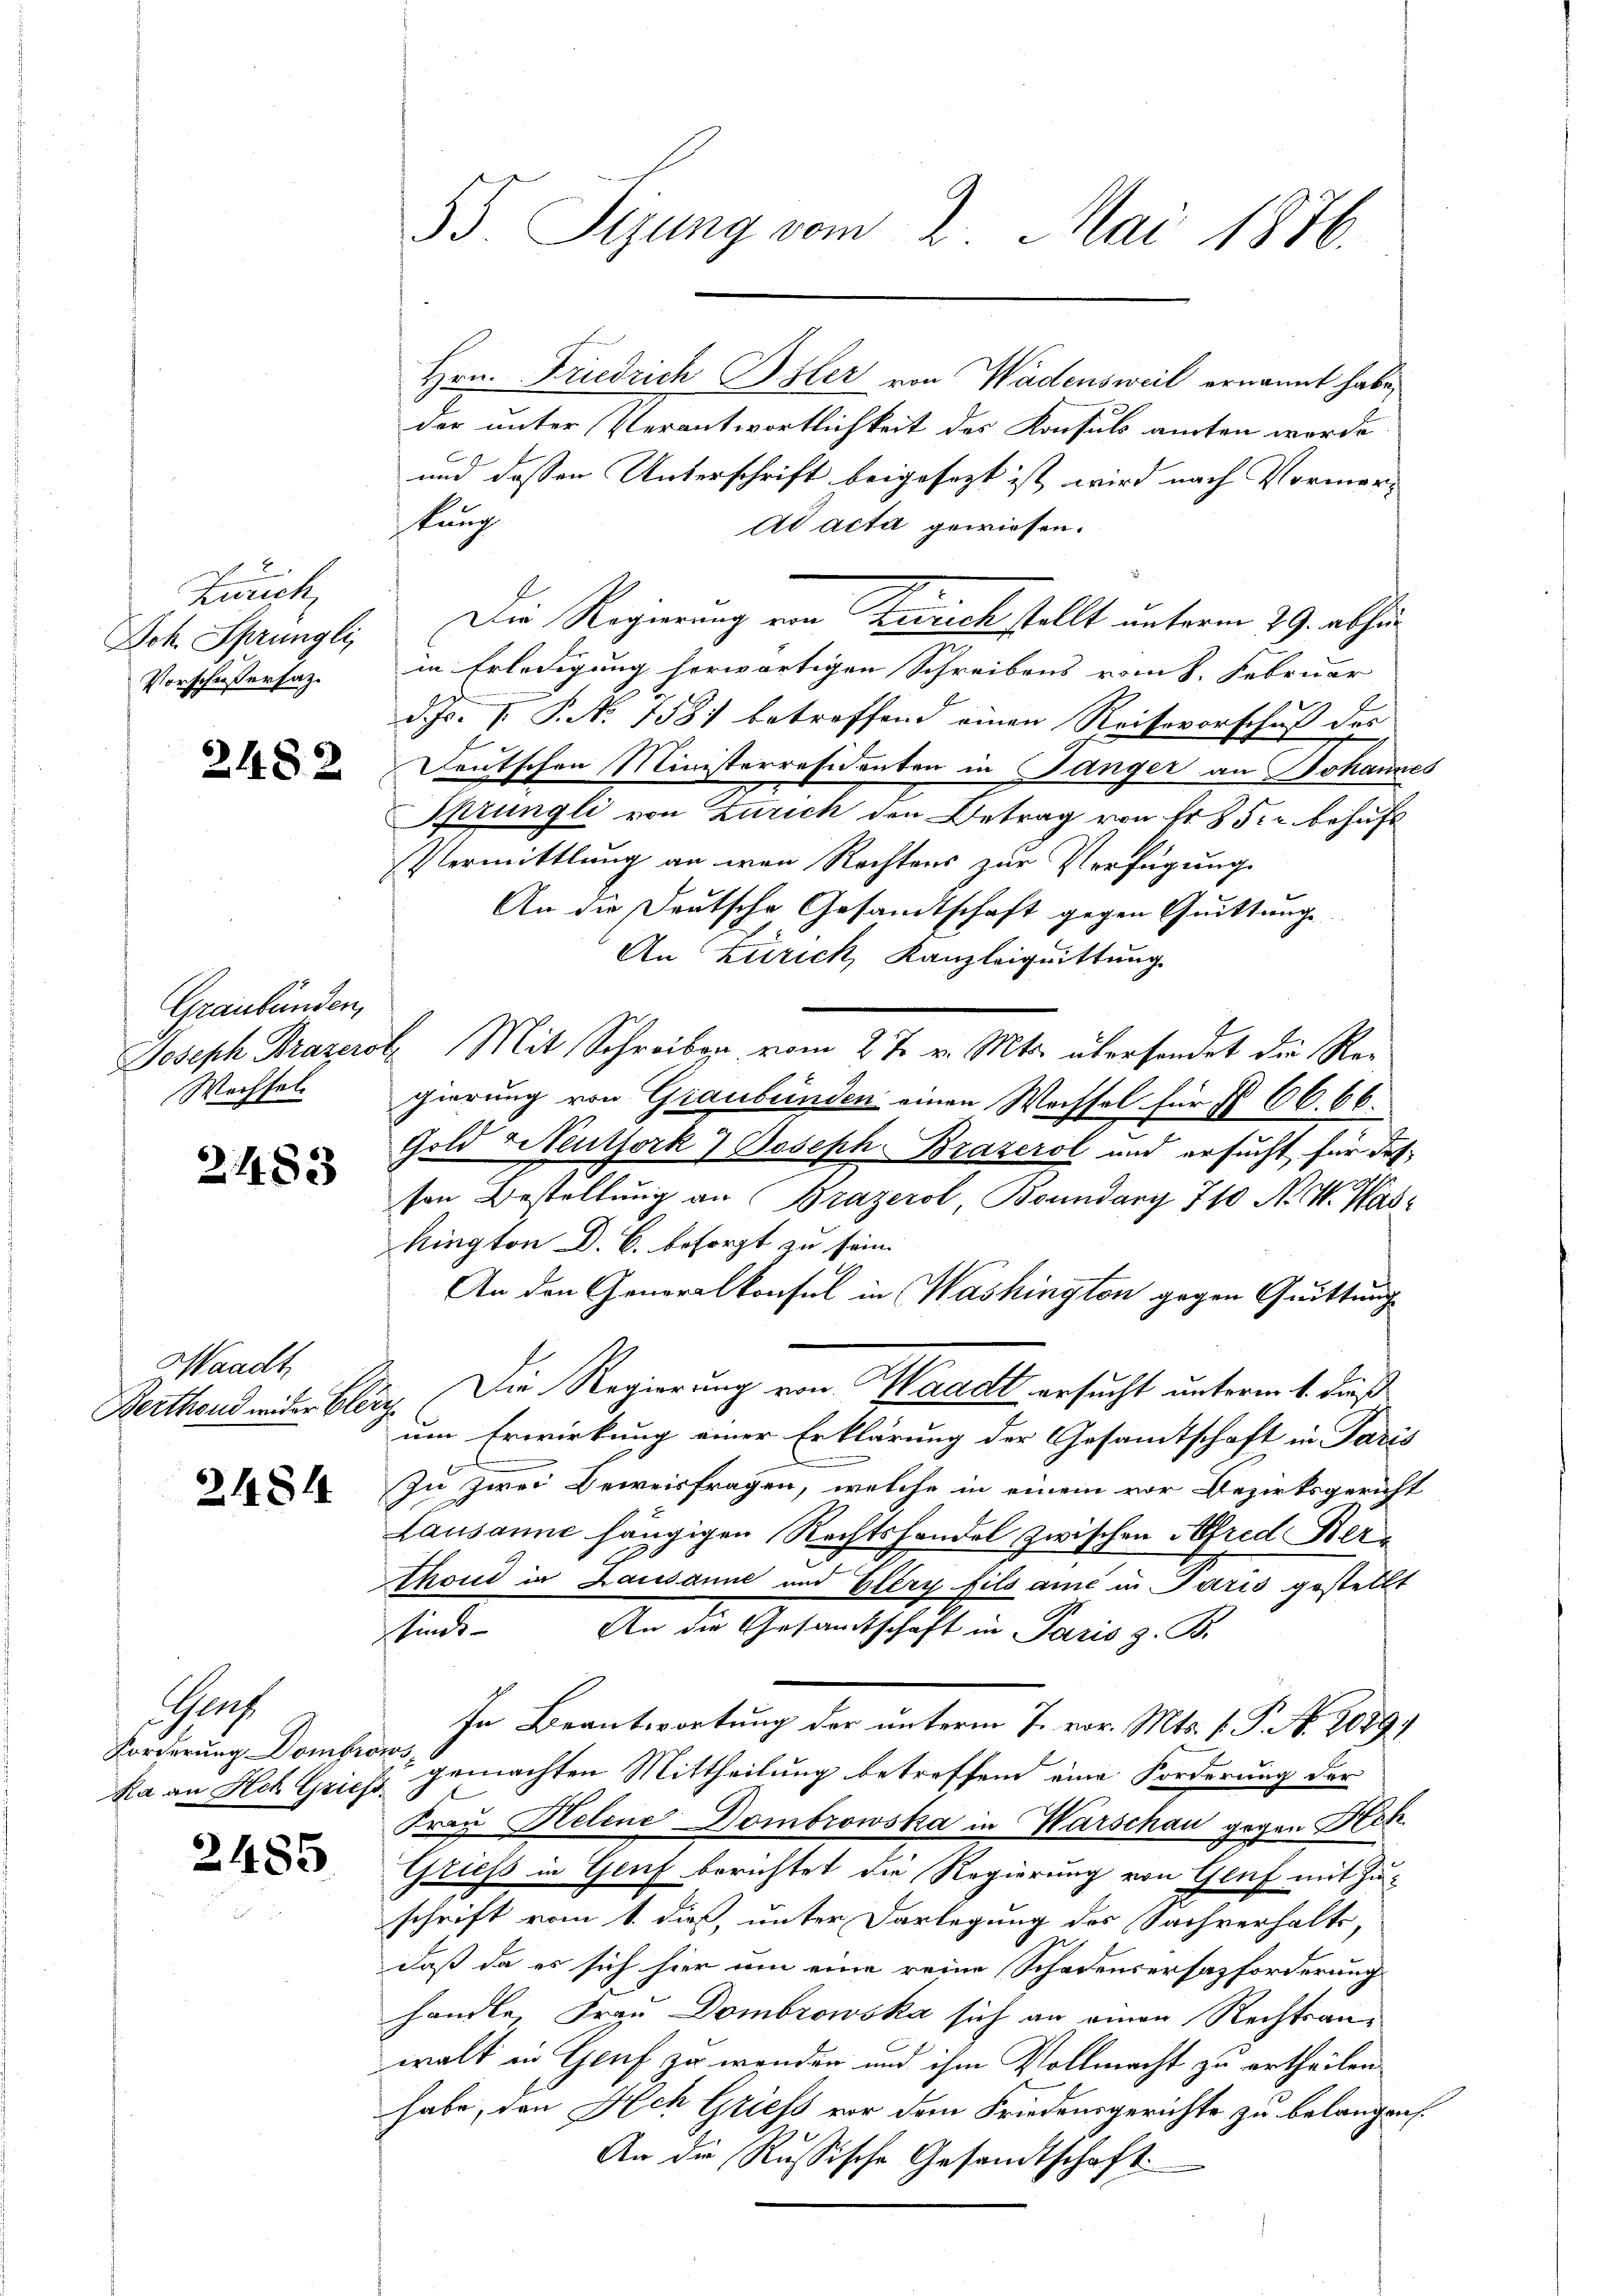
Zürich
Joh. Sprüngli
Vorschußersatz.

2482

Graubünden,
Wachsel

2483

Waadt

21814

Parth
Forderung Dombre

2485

55. Sigung vom 2. Mai 1876.

Hrn. Friedrich Isler von Wadensweil ernannt habe,
der unter Verantwortlichkeit des Konsuls amten worde
und dessen Unterschrift beigesezt ist, wird nach Vormerkung
ad acta gewiesen.
Die Regierung von Zurückstellt unterm 29. abhän
in Erledigung herwärtigen Schreibens vom 8. Februar
d. Js. v. P. No. 1581 betreffend einen Reiseverschuß der
Deutschen Ministerresidenten in Gänger an Johannes
Sprüngli von Zürich den Betrag von Fr. 852 behaft
Vermittlung an wen Rechtens zur Verfügung
An die Deutsche Gesandtschaft gegen Quittunge
An Zürich, Kanzleiquittung
Joseph Brazerol Mit Schreiben vom 27. v. Mts. überhandet die Regierung von Graubünden einen Wachsel für § 66. 66.
Gold Leuthork) Joseph Brazerol und ersucht für des
son Bestellung an (Brazerol, Boundany 710 N. V. Waskington D. C. besorgt zu sein.
An den Generalkonsul in Washington gegen Quittung
Berthend wider blitz Die Regierung von Waadt ersucht unterm 1. dieß
um Erwirkung einer Erklärung der Gesamtschaft in Paris
In zwei Beweisfragen, welche in einem vor Bezirksgericht
Lausanne hängigen Rechtshandel zwischen Alfred Ker¬
Thond in Lausanne und Glery fils ane in Paris gestellt
finde. An die Gesandtschaft in Paris z. B.
In Beantwortung der unterm 7. vor. Mts. f. P. Nr. 2089.
e
Ra an Hch. Gries gemachten Mittheilung betreffend eine Forderung der
Frau Helene Dombrowska in Warschau gegen Hch.
Griess in Genf berichtet die Regierung von Gluf mit Zuschrift vom 1. dieß, unter Darlegung des Sachverhalte,
daß da es sich hier um eine reine Schadensersazforderung
handle, Frau Dombrowska sich an einen Rechtsanwalt in Genf zu wenden und ihm Vollmacht zu ertheilen.
habe, den Ach Griess vor dem Friedensgerichte zu belangen.
An die Russische Gesandtschaft.